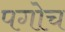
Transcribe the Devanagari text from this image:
पगोच